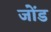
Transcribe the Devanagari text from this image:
जोंड